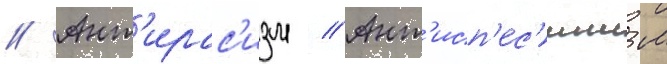
// Ант'ирас'изм // Ант'исп'ес'ишизм